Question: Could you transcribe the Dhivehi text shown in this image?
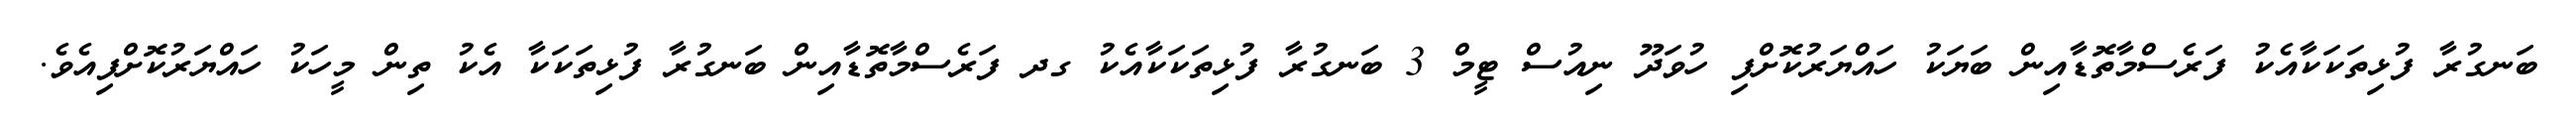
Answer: ބަނގުރާ ފުޅިތަކަކާއެކު ފަރެސްމާތޮޑާއިން ބަޔަކު ހައްޔަރުކޮށްފި ހުވަދޫ ނިއުސް ޓީމް 3 ބަނގުރާ ފުޅިތަކަކާއެކު ގދ ފަރެސްމާތޮޑާއިން ބަނގުރާ ފުޅިތަކަކާ އެކު ތިން މީހަކު ހައްޔަރުކޮށްފިއެވެ.